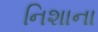
નિશાના